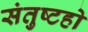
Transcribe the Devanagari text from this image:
संतुष्टहो